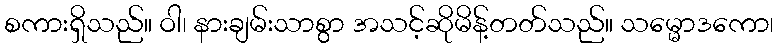
စကားရှိသည်။ ဝါ၊ နားချမ်းသာစွာ အသင့်ဆိုမိန့်တတ်သည်။ သမ္မောဒကော၊